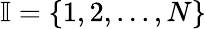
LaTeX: \mathbb{I}=\{ 1,2,...,N\}